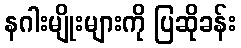
နဂါးမျိုးများကို ပြဆိုခန်း